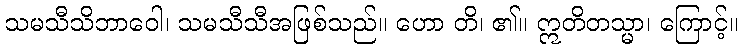
သမသီသိဘာဝေါ၊ သမသီသီအဖြစ်သည်။ ဟော တိ၊ ၏။ ဣတိတသ္မာ၊ ကြောင့်။